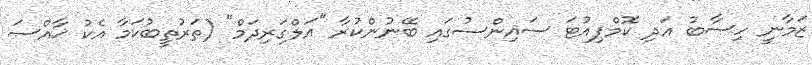
ޒަމާނީ ހިސާބު އަދި ކޮމްޕިއުޓަ ސައިންސުގައި ބޭނުންކުރާ "އަލްގަރިދަމް" (ތަރުތީބުކަމާ އެކު ޚާއްސަ